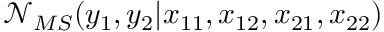
\mathcal { N } _ { M S } ( y _ { 1 } , y _ { 2 } \vert x _ { 1 1 } , x _ { 1 2 } , x _ { 2 1 } , x _ { 2 2 } )